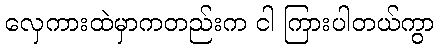
လှေကားထဲမှာကတည်းက ငါ ကြားပါတယ်ကွာ